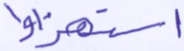
استهزئوا